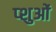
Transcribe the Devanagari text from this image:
प्शुओं